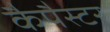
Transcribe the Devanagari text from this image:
कैपैस्टर